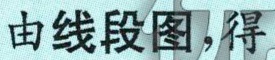
由线段图，得